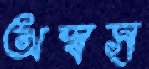
অস্বস্